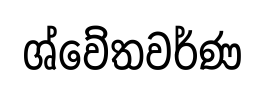
ශ්වේතවර්ණ